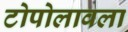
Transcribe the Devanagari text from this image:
टोपोलावला